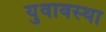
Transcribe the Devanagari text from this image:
युवावस्‍था